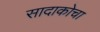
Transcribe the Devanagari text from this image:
सादाकोचा